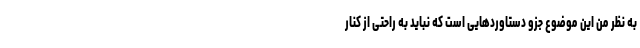
به نظر من این موضوع جزو دستاوردهایی است که نباید به راحتی از کنار